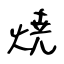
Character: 焼